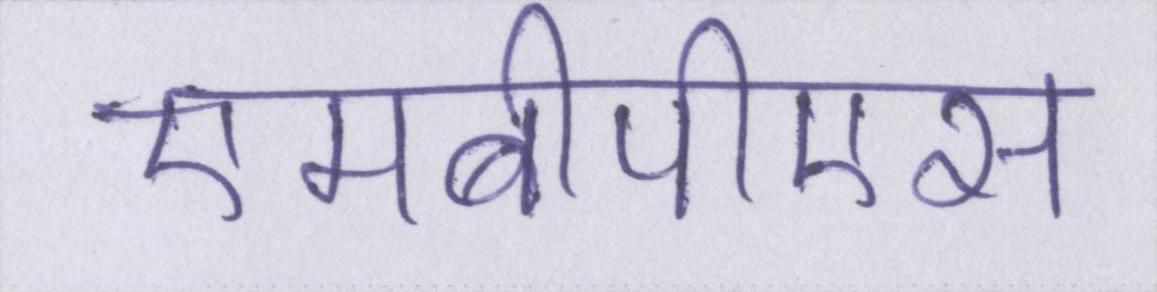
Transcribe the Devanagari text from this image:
एमबीपीएस